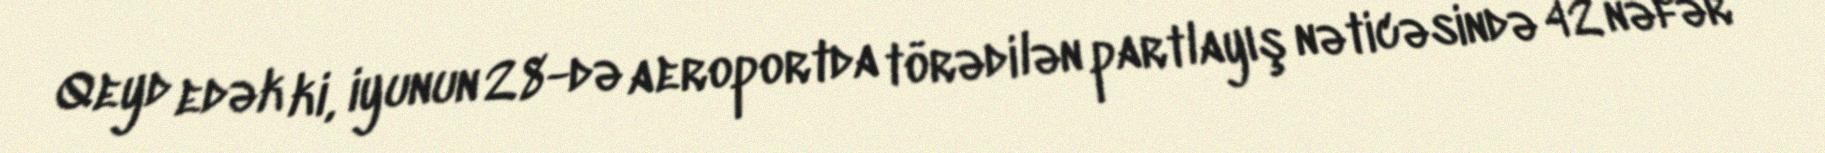
Qeyd edək ki, iyunun 28-də aeroportda törədilən partlayış nəticəsində 42 nəfər